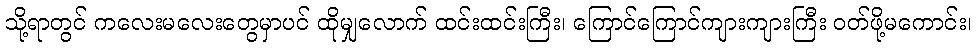
သို့ရာတွင် ကလေးမလေးတွေမှာပင် ထိုမျှလောက် ထင်းထင်းကြီး၊ ကြောင်ကြောင်ကျားကျားကြီး ဝတ်ဖို့မကောင်း၊